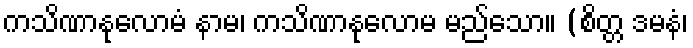
ကသိဏာနုလောမံ နာမ၊ ကသိဏာနုလောမ မည်သော။ (စိတ္တ ဒမနံ၊